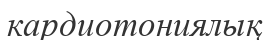
кардиотониялық